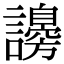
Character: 𧭮